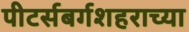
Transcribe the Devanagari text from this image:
पीटर्सबर्गशहराच्या